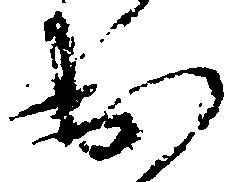
出